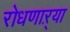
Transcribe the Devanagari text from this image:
रोधणाऱ्या